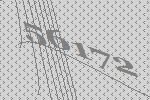
56172